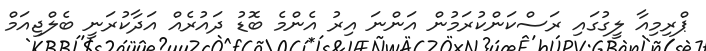
ޕްރިމިއާ ލީގުގައި ރަސްކަންކުރަމުން އަންނަ އިރު އެންމެ ބޮޑު ދައުރެއް އަދާކުރަނީ ބެލްޖިއަމް